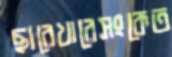
ছারেখারেসংকেত